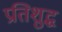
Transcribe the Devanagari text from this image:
प्रतिशुद्ध